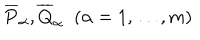
\overline { { { P } } } _ { \alpha } , \overline { { { Q } } } _ { \alpha } \; \; ( \alpha = 1 , \dots , m )